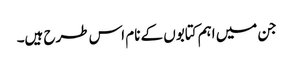
جن میں اہم کتابوں کے نام اس طرح ہیں۔